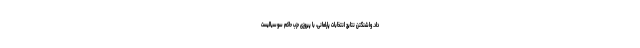
داد. واشنگتن نتایج انتخابات پارلمانی، با پیروزی حزب حاکم سوسیالیست